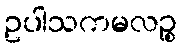
ဥပါသကမလဉ္စ